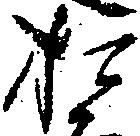
お